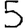
Digit: 5